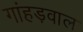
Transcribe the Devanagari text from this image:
गांहड़वाल